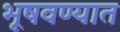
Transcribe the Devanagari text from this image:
भूषवण्यात